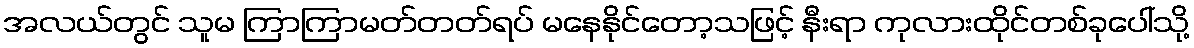
အလယ်တွင် သူမ ကြာကြာမတ်တတ်ရပ် မနေနိုင်တော့သဖြင့် နီးရာ ကုလားထိုင်တစ်ခုပေါ်သို့